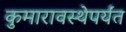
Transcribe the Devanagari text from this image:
कुमारावस्थेपर्यंत